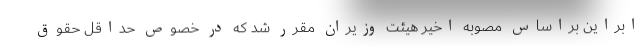
ابراین براساس مصوبه اخیر هیئت وزیران مقرر شد که در خصوص حداقل حقوق